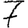
Digit: 7